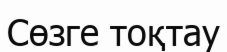
Сөзге тоқтау